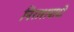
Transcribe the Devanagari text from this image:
निराशवादी